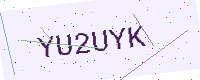
Text: YU2UYK